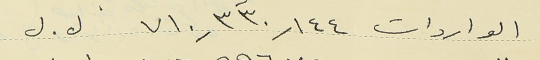
الواردات ٧١٠,٣٣٠,١٤٤  ل . ل